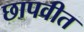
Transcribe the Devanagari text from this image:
छापवीत